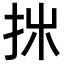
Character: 𢪹